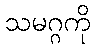
သမဂ္ဂကို